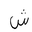
Letter: _shin